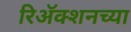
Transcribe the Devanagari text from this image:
रिअॅक्शनच्या